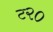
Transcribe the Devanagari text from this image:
ट२०